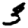
Digit: 3